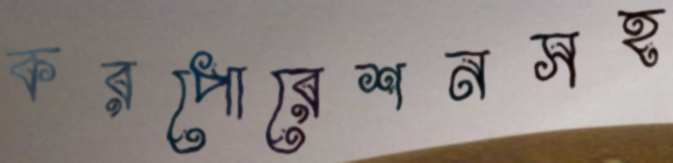
করপোরেশনসহ